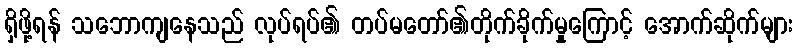
ရှိဖို့ရန် သဘောကျနေသည် လုပ်ရပ်၏ တပ်မတော်၏တိုက်ခိုက်မှုကြောင့် အောက်ဆိုက်များ